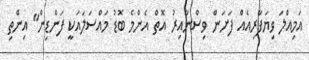
އަމިއްލަ ވިޔަފާރިއެއް ފަށަން ވިސްނާއިރު އޮތް އެންމެ ބޮޑު މައްސަލައަކީ ފަންޑިން" އިންތި